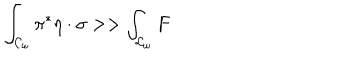
\int _ { { \cal { C } } _ { \omega } } { \pi ^ { * } \eta \cdot \sigma } > > \int _ { { \cal { C } } _ { \omega } } { F }